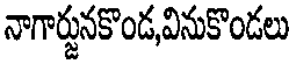
నాగార్జునకొండ,వినుకొండలు